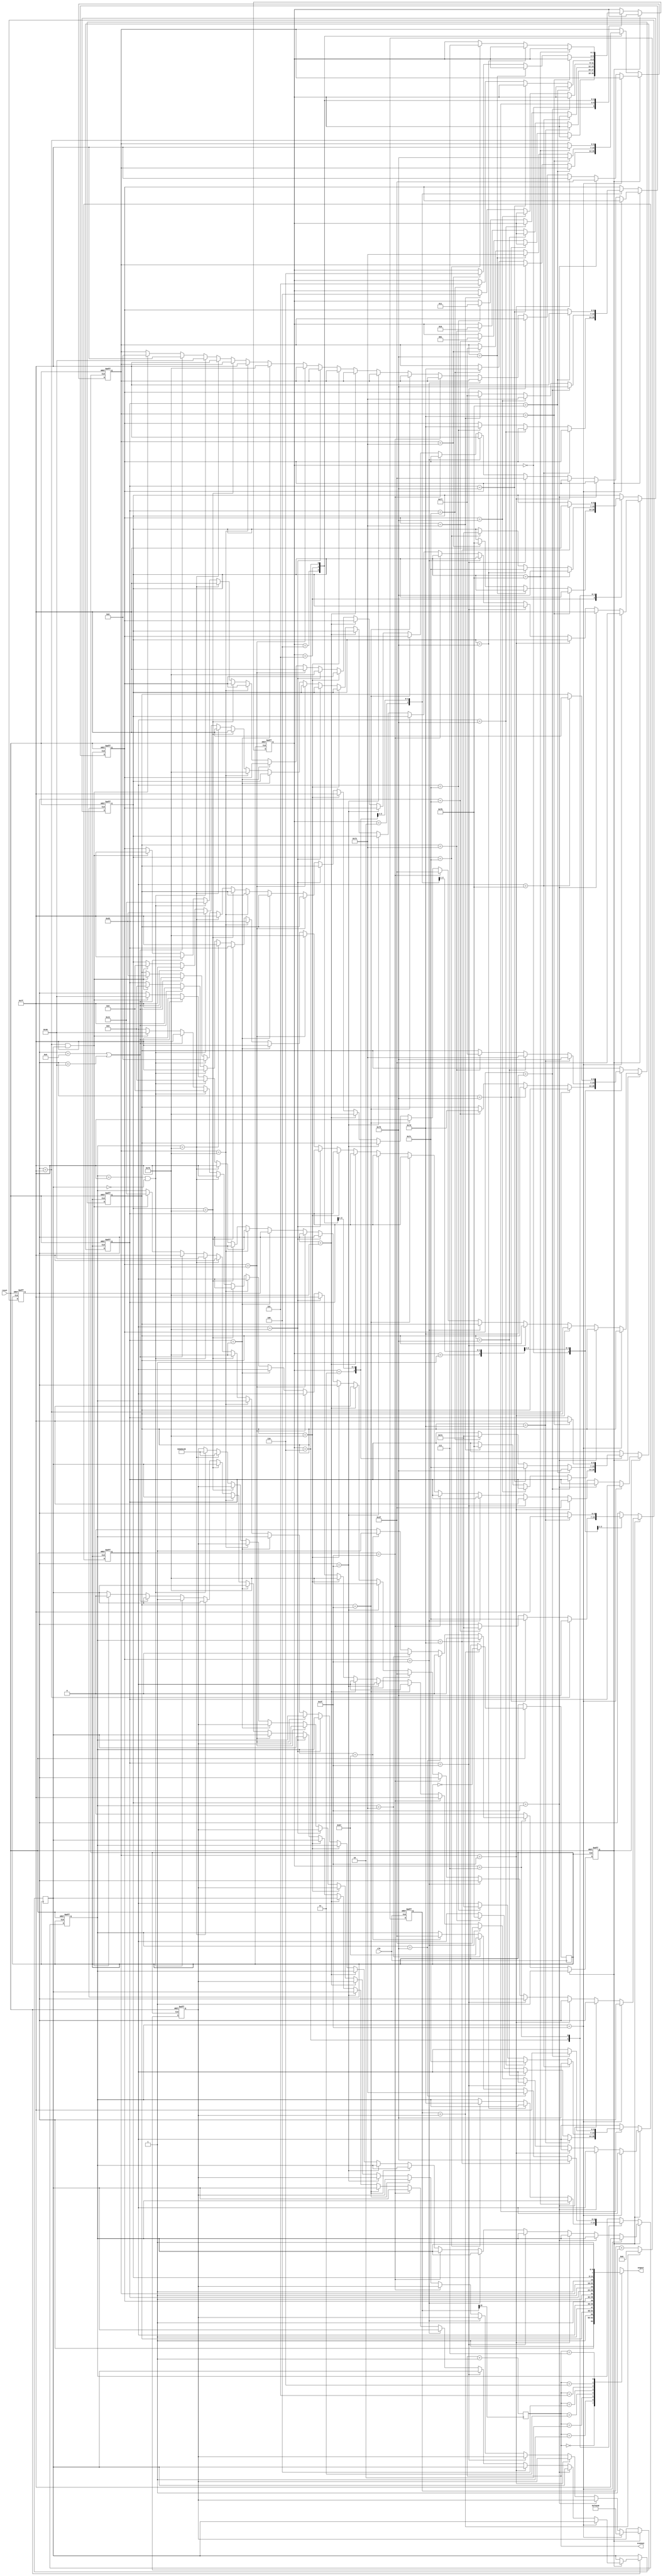
module sevenLedPattern(clk, reset, segout, scanout);

input clk, reset;
output reg [7:0] segout;//abcdefg no h
output reg [2:0] scanout;//num
//clk to clk1
reg clk1;
reg [25:0] cnt_scan;
reg [25:0] clkCNT = 1250000;
//7-SEG
reg [6:0] q[0:7];
reg [2:0] num = 3'b000;
reg modeS_done = 0;
//OuO yeah
reg OuOmode = 0;


//---------------------------------------clock running---------------------------------------------
	always @(posedge clk, negedge reset) begin
		if(reset == 0) begin
			cnt_scan <= 0;
		end
		else begin
			cnt_scan <= cnt_scan + 1;
			if(cnt_scan == clkCNT) begin
				cnt_scan <= 0;
				clk1 = ~clk1;
			end
		end
	end

//-----------------------------------modify display digit-----------------------------------------
	always @(posedge clk1, negedge reset) begin
		if(reset == 0) begin
			q[0] = 7'b1111111; q[1] = 7'b1111111;
			q[2] = 7'b1111111; q[3] = 7'b1111111;
			q[4] = 7'b1111111; q[5] = 7'b1111111;
			q[6] = 7'b1111111; q[7] = 7'b1111111;
			num <= 3'b000;
			clkCNT <= 1250000;
			modeS_done <= 0;
		end
		else if(modeS_done==0) begin
			case(num)
				3'b000:
					     if(q[0]==7'b1111111) q[0] <= 7'b1111001;
					else if(q[0]==7'b1111001) q[0] <= 7'b1111100;
					else if(q[0]==7'b1111100) begin 
						q[0] <= 7'b1111110;
						q[1] <= 7'b1111101;
						num <= 3'b001;
					end
				3'b001: 
					if(q[1]==7'b1111101) begin
						q[1] <= 7'b1111001;
						q[0] <= 7'b1111111;
					end
					else if(q[1]==7'b1111001) q[1] <= 7'b1110011;
					else if(q[1]==7'b1110011) begin
						q[1] <= 7'b1110111;
						q[2] <= 7'b1111011;
						num <= 3'b010;
					end
				3'b010:
					if(q[2]==7'b1111011) begin
						q[2] <= 7'b1111001;
						q[1] <= 7'b1111111;
					end
					else if(q[2]==7'b1111001) q[2]<= 7'b1111100;
					else if(q[2]==7'b1111100) begin 
						q[2] <= 7'b1111110;
						q[3] <= 7'b1111101;
						num <= 3'b011;
					end
				3'b011:
					if(q[3]==7'b1111101) begin
						q[3] <= 7'b1111001;
						q[2] <= 7'b1111111;
					end
					else if(q[3]==7'b1111001) q[3] <= 7'b1110011;
					else if(q[3]==7'b1110011) begin
						q[3] <= 7'b1110111;
						q[4] <= 7'b1111011;
						num <= 3'b100;
					end
				3'b100:
					if(q[4]==7'b1111011) begin
						q[4] <= 7'b1111001;
						q[3] <= 7'b1111111;
					end
					else if(q[4]==7'b1111001) q[4] <= 7'b1111100;
					else if(q[4]==7'b1111100) begin 
						q[4] <= 7'b1111110;
						q[5] <= 7'b1111101;
						num <= 3'b101;
					end
				3'b101:
					if(q[5]==7'b1111101) begin
						q[5] <= 7'b1111001;
						q[4] <= 7'b1111111;
					end
					else if(q[5]==7'b1111001) q[5] <= 7'b1110011;
					else if(q[5]==7'b1110011) begin
						q[5] <= 7'b1110111;
						q[6] <= 7'b1111011;
						num <= 3'b110;
					end
				3'b110:
					if(q[6]==7'b1111011) begin
						q[6] <= 7'b1111001;
						q[5] <= 7'b1111111;
					end
					else if(q[6]==7'b1111001) q[6] <= 7'b1111100;
					else if(q[6]==7'b1111100) begin 
						q[6] <= 7'b1111110;
						q[7] <= 7'b1111101;
						num <= 3'b111;
					end
				3'b111:
					if(q[7]==7'b1111101) begin
						q[7] <= 7'b1111001;
						q[6] <= 7'b1111111;
					end
					else if(q[7]==7'b1111001) q[7] <= 7'b1110011;
					else if(q[7]==7'b1110011) q[7] <= 7'b1100111;
					else if(q[7]==7'b1100111) begin
						q[7] <= 7'b0111111;
						modeS_done <=1;// go to shu
					end
				default: q[0] <= 7'b1111111;
			endcase
		end //else if(modeS_done==0)
		else if(modeS_done==1) begin 
			//one line ->
			if(q[7]==7'b0111111) begin
				clkCNT <= 1000000;
				q[6]<=7'b0111111;
				q[7]<=7'b1111111;
			end
			else if(q[6]==7'b0111111) begin q[5]<=7'b0111111; q[6]<=7'b1111111; end
			else if(q[5]==7'b0111111) begin q[4]<=7'b0111111; q[5]<=7'b1111111; end
			else if(q[4]==7'b0111111) begin q[3]<=7'b0111111; q[4]<=7'b1111111; end
			else if(q[3]==7'b0111111) begin q[2]<=7'b0111111; q[3]<=7'b1111111; end
			else if(q[2]==7'b0111111) begin q[1]<=7'b0111111; q[2]<=7'b1111111; end
			else if(q[1]==7'b0111111) begin q[0]<=7'b0111111; q[1]<=7'b1111111; end
			//two line <-
			else if(q[0]==7'b0111111) begin q[0]<=7'b1110110; end
			else if(q[0]==7'b1110110) begin q[1]<=7'b1110110; q[0]<=7'b1111111; end
			else if(q[1]==7'b1110110) begin q[2]<=7'b1110110; q[1]<=7'b1111111; end
			else if(q[2]==7'b1110110) begin q[3]<=7'b1110110; q[2]<=7'b1111111; end
			else if(q[3]==7'b1110110) begin q[4]<=7'b1110110; q[3]<=7'b1111111; end
			else if(q[4]==7'b1110110) begin q[5]<=7'b1110110; q[4]<=7'b1111111; end
			else if(q[5]==7'b1110110) begin q[6]<=7'b1110110; q[5]<=7'b1111111; end
			else if(q[6]==7'b1110110) begin q[7]<=7'b1110110; q[6]<=7'b1111111; end
			//Boom!!!
			else if(q[7]==7'b1110110) begin
				clkCNT <= 12500000;
				//q[0]<=7'b0000000; q[1]<=7'b0000000; q[2]<=7'b0000000; q[3]<=7'b0000000; q[4]<=7'b0000000; q[5]<=7'b0000000; q[6]<=7'b0000000; q[7]<=7'b0000000;
				q[0]<=7'b1111111; q[1]<=7'b1111111; q[2]<=7'b1111111; q[3]<=7'b1111111; q[4]<=7'b1111111; q[5]<=7'b1111111; q[6]<=7'b1111111; q[7]<=7'b1111111;
			end
			//OuOyeah!!
			else if(q[7]==7'b1111111 && OuOmode==0) begin
				clkCNT <= 12500000;
				q[0]<=7'b0001001; //H
				q[1]<=7'b0001000; //A
				q[2]<=7'b0000110; //E
				q[3]<=7'b0010001; //y
				q[4]<=7'b1111111; //
				q[5]<=7'b1000000; //O
				q[6]<=7'b1100011; //u
				q[7]<=7'b1000000; //O
				OuOmode <= 1;
			end
			else if(q[0]==7'b0001001 || q[0]==7'b1000000) begin
				q[0]<=7'b1111111; q[1]<=7'b1111111; q[2]<=7'b1111111; q[3]<=7'b1111111; q[4]<=7'b1111111; q[5]<=7'b1111111; q[6]<=7'b1111111; q[7]<=7'b1111111;
			end
			else if(q[0]==7'b1111111 && OuOmode==1) begin
				q[4]<=7'b0001001; //H
				q[5]<=7'b0001000; //A
				q[6]<=7'b0000110; //E
				q[7]<=7'b0010001; //y
				q[3]<=7'b1111111; //
				q[0]<=7'b1000000; //O
				q[1]<=7'b1100011; //u
				q[2]<=7'b1000000; //O
				OuOmode <= 0;
			end
		end //else if(modeS_done==1)
	end

//----------------------------------scan and display 7-SEG---------------------------------------------
	always @(posedge cnt_scan[15])
		scanout <= scanout + 1;
	
	always @(scanout) begin
		case(scanout)
			3'b000: segout = {1'b1, q[0]};
			3'b001: segout = {1'b1, q[1]};
			3'b010: segout = {1'b1, q[2]};
			3'b011: segout = {1'b1, q[3]};
			3'b100: segout = {1'b1, q[4]};
			3'b101: segout = {1'b1, q[5]};
			3'b110: segout = {1'b1, q[6]};
			3'b111: segout = {1'b1, q[7]};
			default: segout = 8'b11111111;
		endcase
	end
	
endmodule